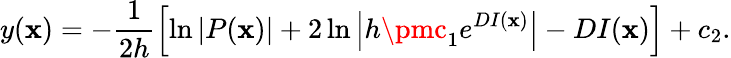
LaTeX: y(\mathbf{x})=-\frac{{1}}{{2h}}\left[\ln{\left|P(\mathbf{x})\right|}+2\ln{\left|h\pmc_{1}e^{DI(\mathbf{x})}\right|}-DI(\mathbf{x})\right]+c_{2}.